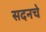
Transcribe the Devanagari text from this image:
सदनचे